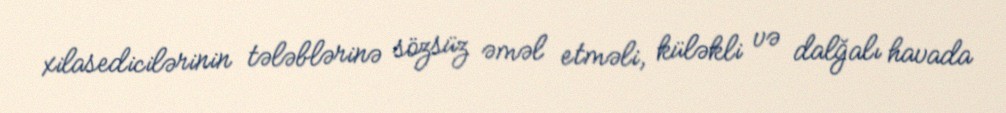
xilasedicilərinin tələblərinə sözsüz əməl etməli, küləkli və dalğalı havada